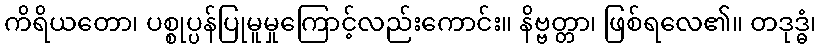
ကိရိယတော၊ ပစ္စုပ္ပန်ပြုမူမှုကြောင့်လည်းကောင်း။ နိဗ္ဗတ္တာ၊ ဖြစ်ရလေ၏။ တဒုဒ္ဓံ၊